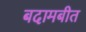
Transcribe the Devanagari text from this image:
बदामबीत